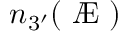
n _ { 3 ^ { \prime } } ( \mathrm { ~ \AE ~ } )